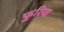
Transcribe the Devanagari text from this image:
फुरिया